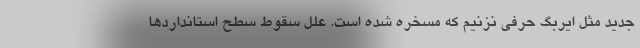
جدید مثل ایربگ حرفی نزنیم که مسخره شده است. علل سقوط سطح استانداردها